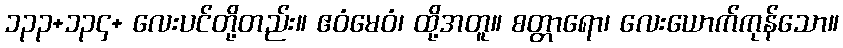
၁၃၃+၁၃၄+ လေးပင်တို့တည်း။ ဧဝံမေဝံ၊ ထို့အတူ။ စတ္တာရော၊ လေးယောက်ကုန်သော။